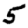
Digit: 5